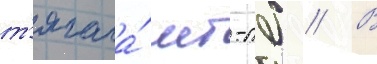
т'ягача́ мт-лб // В